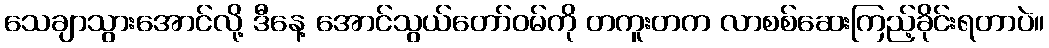
သေချာသွားအောင်လို့ ဒီနေ့ အောင်သွယ်တော်ဝမ်ကို တကူးတက လာစစ်ဆေးကြည့်ခိုင်းရတာပဲ။